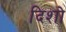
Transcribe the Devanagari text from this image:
दिशो